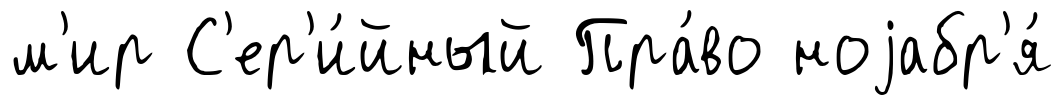
м'ир С'ер'и́йный Пра́во ноjабр'я́